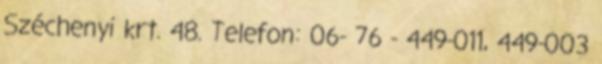
Széchenyi krt. 48. Telefon: 06- 76 - 449-011, 449-003